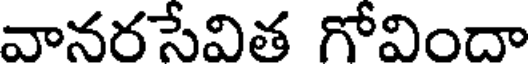
వానరసేవిత గోవిందా